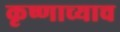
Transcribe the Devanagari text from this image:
कृष्णाच्याच